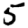
Digit: 5